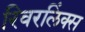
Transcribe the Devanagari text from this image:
रिवरलिंक्स